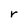
Character: r